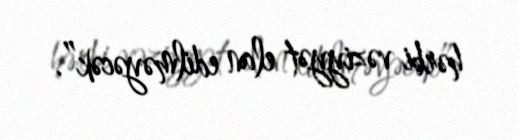
hərbi vəziyyət elan edilməyəcək”.